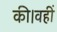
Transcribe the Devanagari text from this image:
की।वहीं